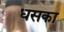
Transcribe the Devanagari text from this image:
धसका